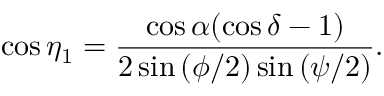
\cos { \eta _ { 1 } } = \frac { \cos { \alpha } ( \cos { \delta } - 1 ) } { 2 \sin { ( \phi / 2 ) } \sin { ( \psi / 2 ) } } .